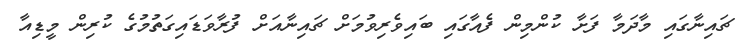
ޗައިނާގައި މާދަމާ ފަށާ ކުންމިން ފެއާގައި ބައިވެރިވުމަށް ޗައިނާއަށް ފުރާވަޑައިގަތުމުގެ ކުރިން މީޑިއާ